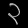
Digit: ၃